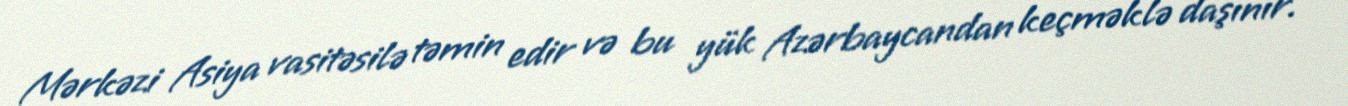
Mərkəzi Asiya vasitəsilə təmin edir və bu yük Azərbaycandan keçməklə daşınır.